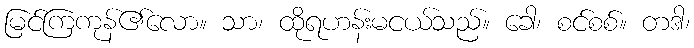
မြင်ကြကုန်၏လော။ သာ၊ ထိုရဟန်းမငယ်သည်။ ခေါ၊ စင်စစ်။ တဒါ၊